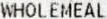
WHOLEMEAL